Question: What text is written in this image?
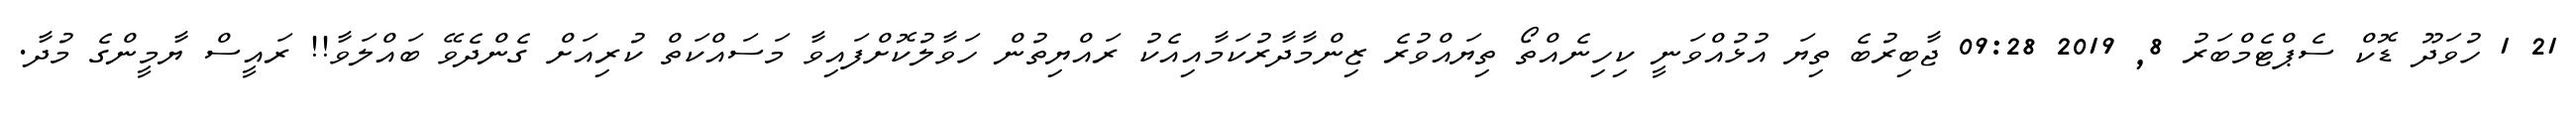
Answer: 21 1 ހުވަދޫ ޑޮކް ސެޕްޓެމްބަރު 8, 2019 09:28 ޖާބިރުބެ ތިޔަ އުޅުއްވަނީ ކިހިނެއްތޯ ތިޔައްވުރެ ޒިންމާދާރުކަމާއިއެކު ރައްޔިތުން ހަވާލުކޮށްފައިވާ މަސައްކަތް ކުރިއަށް ގެންދެވޭ ބައްލަވާ!! ރައީސް ޔާމީންގެ މުދާ.